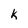
Character: k